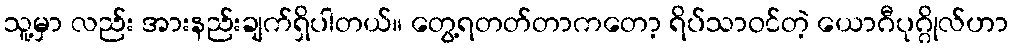
သူ့မှာ လည်း အားနည်းချက်ရှိပါတယ်။ တွေ့ရတတ်တာကတော့ ရိပ်သာဝင်တဲ့ ယောဂီပုဂ္ဂိုလ်ဟာ